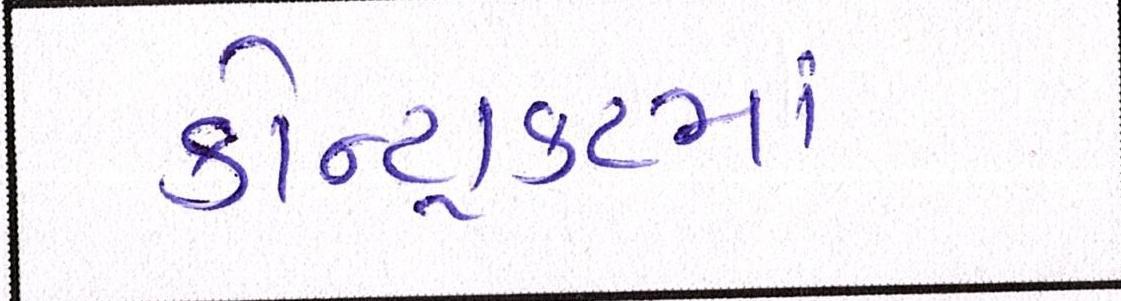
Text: કોન્ટ્રાકટમાં